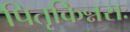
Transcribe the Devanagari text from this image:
पितृकिन्नराः